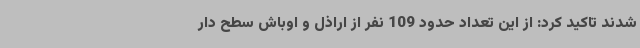
شدند تاکید کرد: از این تعداد حدود 109 نفر از اراذل و اوباش سطح دار